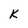
Character: K